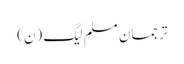
ترجمان مسلم لیگ (ن)